画像に写った文字を読んでください
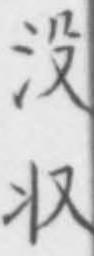
「没収」と書いてあります